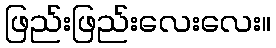
ဖြည်းဖြည်းလေးလေး။